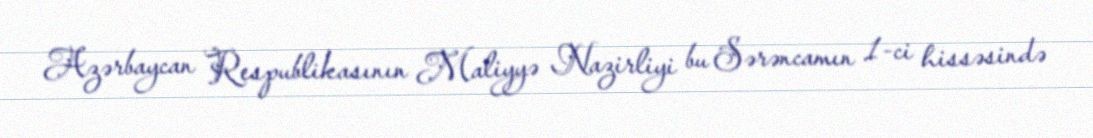
Azərbaycan Respublikasının Maliyyə Nazirliyi bu Sərəncamın 1-ci hissəsində